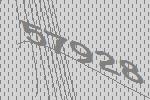
57928